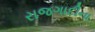
રાજગાદીના